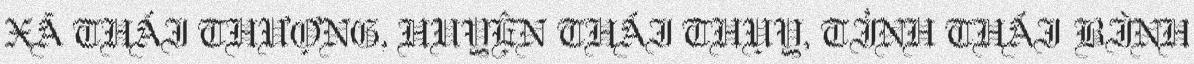
XÃ THÁI THƯỢNG, HUYỆN THÁI THỤY, TỈNH THÁI BÌNH